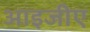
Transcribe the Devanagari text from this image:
आइजीए